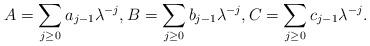
LaTeX: \begin{align*} A=\sum\limits_{j\geq 0}a_{j-1}\lambda^{-j}, B=\sum\limits_{j\geq 0}b_{j-1}\lambda^{-j}, C=\sum\limits_{j\geq 0}c_{j-1}\lambda^{-j}.\end{align*}